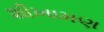
શીખામણ